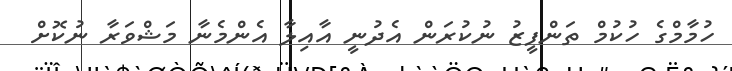
ހުމާމްގެ ހުކުމް ތަންފީޒު ނުކުރަން އެދުނީ އާއިލާ އެންމެނާ މަޝްވަރާ ނުކޮށް